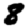
Digit: 8